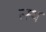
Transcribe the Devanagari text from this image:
त्स्थ